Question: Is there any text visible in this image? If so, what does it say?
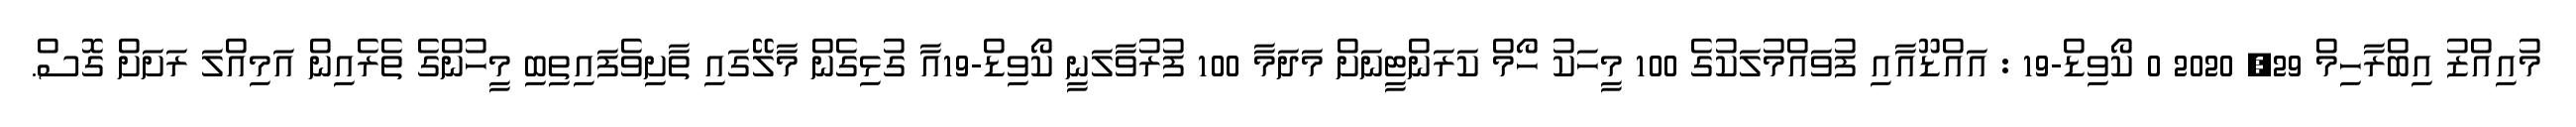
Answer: މުއިއްޒު އިބްރާހިމް 29, 2020 0 ކޯވިޑް-19 : އައްޑޫއާއި ފުވައްމުލަކުގެ 100 މީހަކު ހޯމް ކަރަންޓީނަށް މަދަމާ 100 ފުރުވާލަނީ ކޯވިޑް-19އާ ގުޅިގެން މާލޭގައި ތާށިވެފައިތިބި މީހުންގެ ތެރެއިން އަމިއްލަ ރަށަށް ގޮސް.